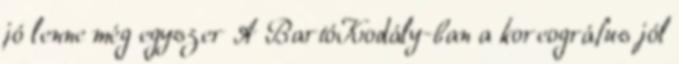
jó lenne még egyszer A BartóKodály-ban a koreográfus jól